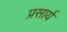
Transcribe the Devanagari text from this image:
प्रसार्य